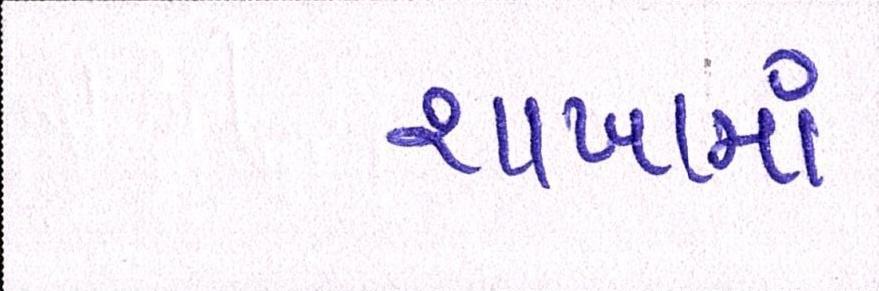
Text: શાખામાં